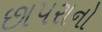
છાપરાનો